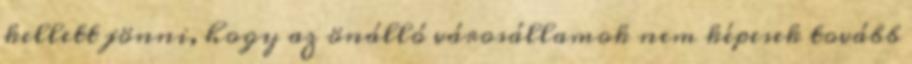
kellett jönni, hogy az önálló városállamok nem képesek tovább